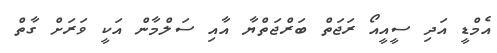
އެމްޑީ އަދި ސީއީއޯ ރަޖަތް ބަރްޖަތްޔާ އާއި ސަލްމާން އަކީ ވަރަށް ގާތް